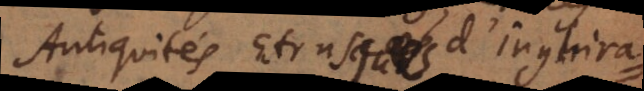
Antiquités Etrusques d’Inghira